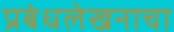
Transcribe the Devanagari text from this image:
प्रबंधलेखनाचा